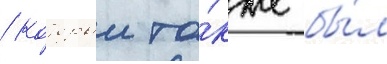
/ которыи та́кже бы́л